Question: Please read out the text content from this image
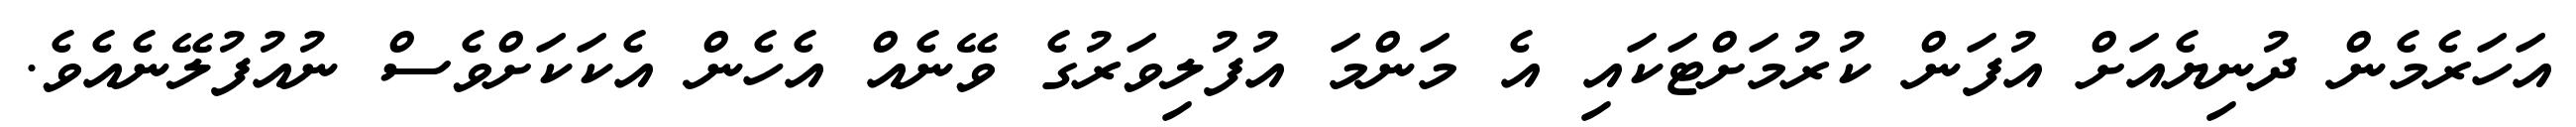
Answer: އަހަރެމެން ދުނިޔެއަށް އުފަން ކުރުމަށްޓަކައި އެ މަންމަ އުފުލިވަރުގެ ވޭނެއް އެހެން އެކަކަށްވެސް ނުއުފުލޭނެއެވެ.